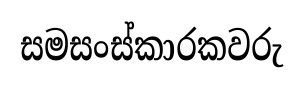
සමසංස්කාරකවරු